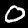
Label: 0